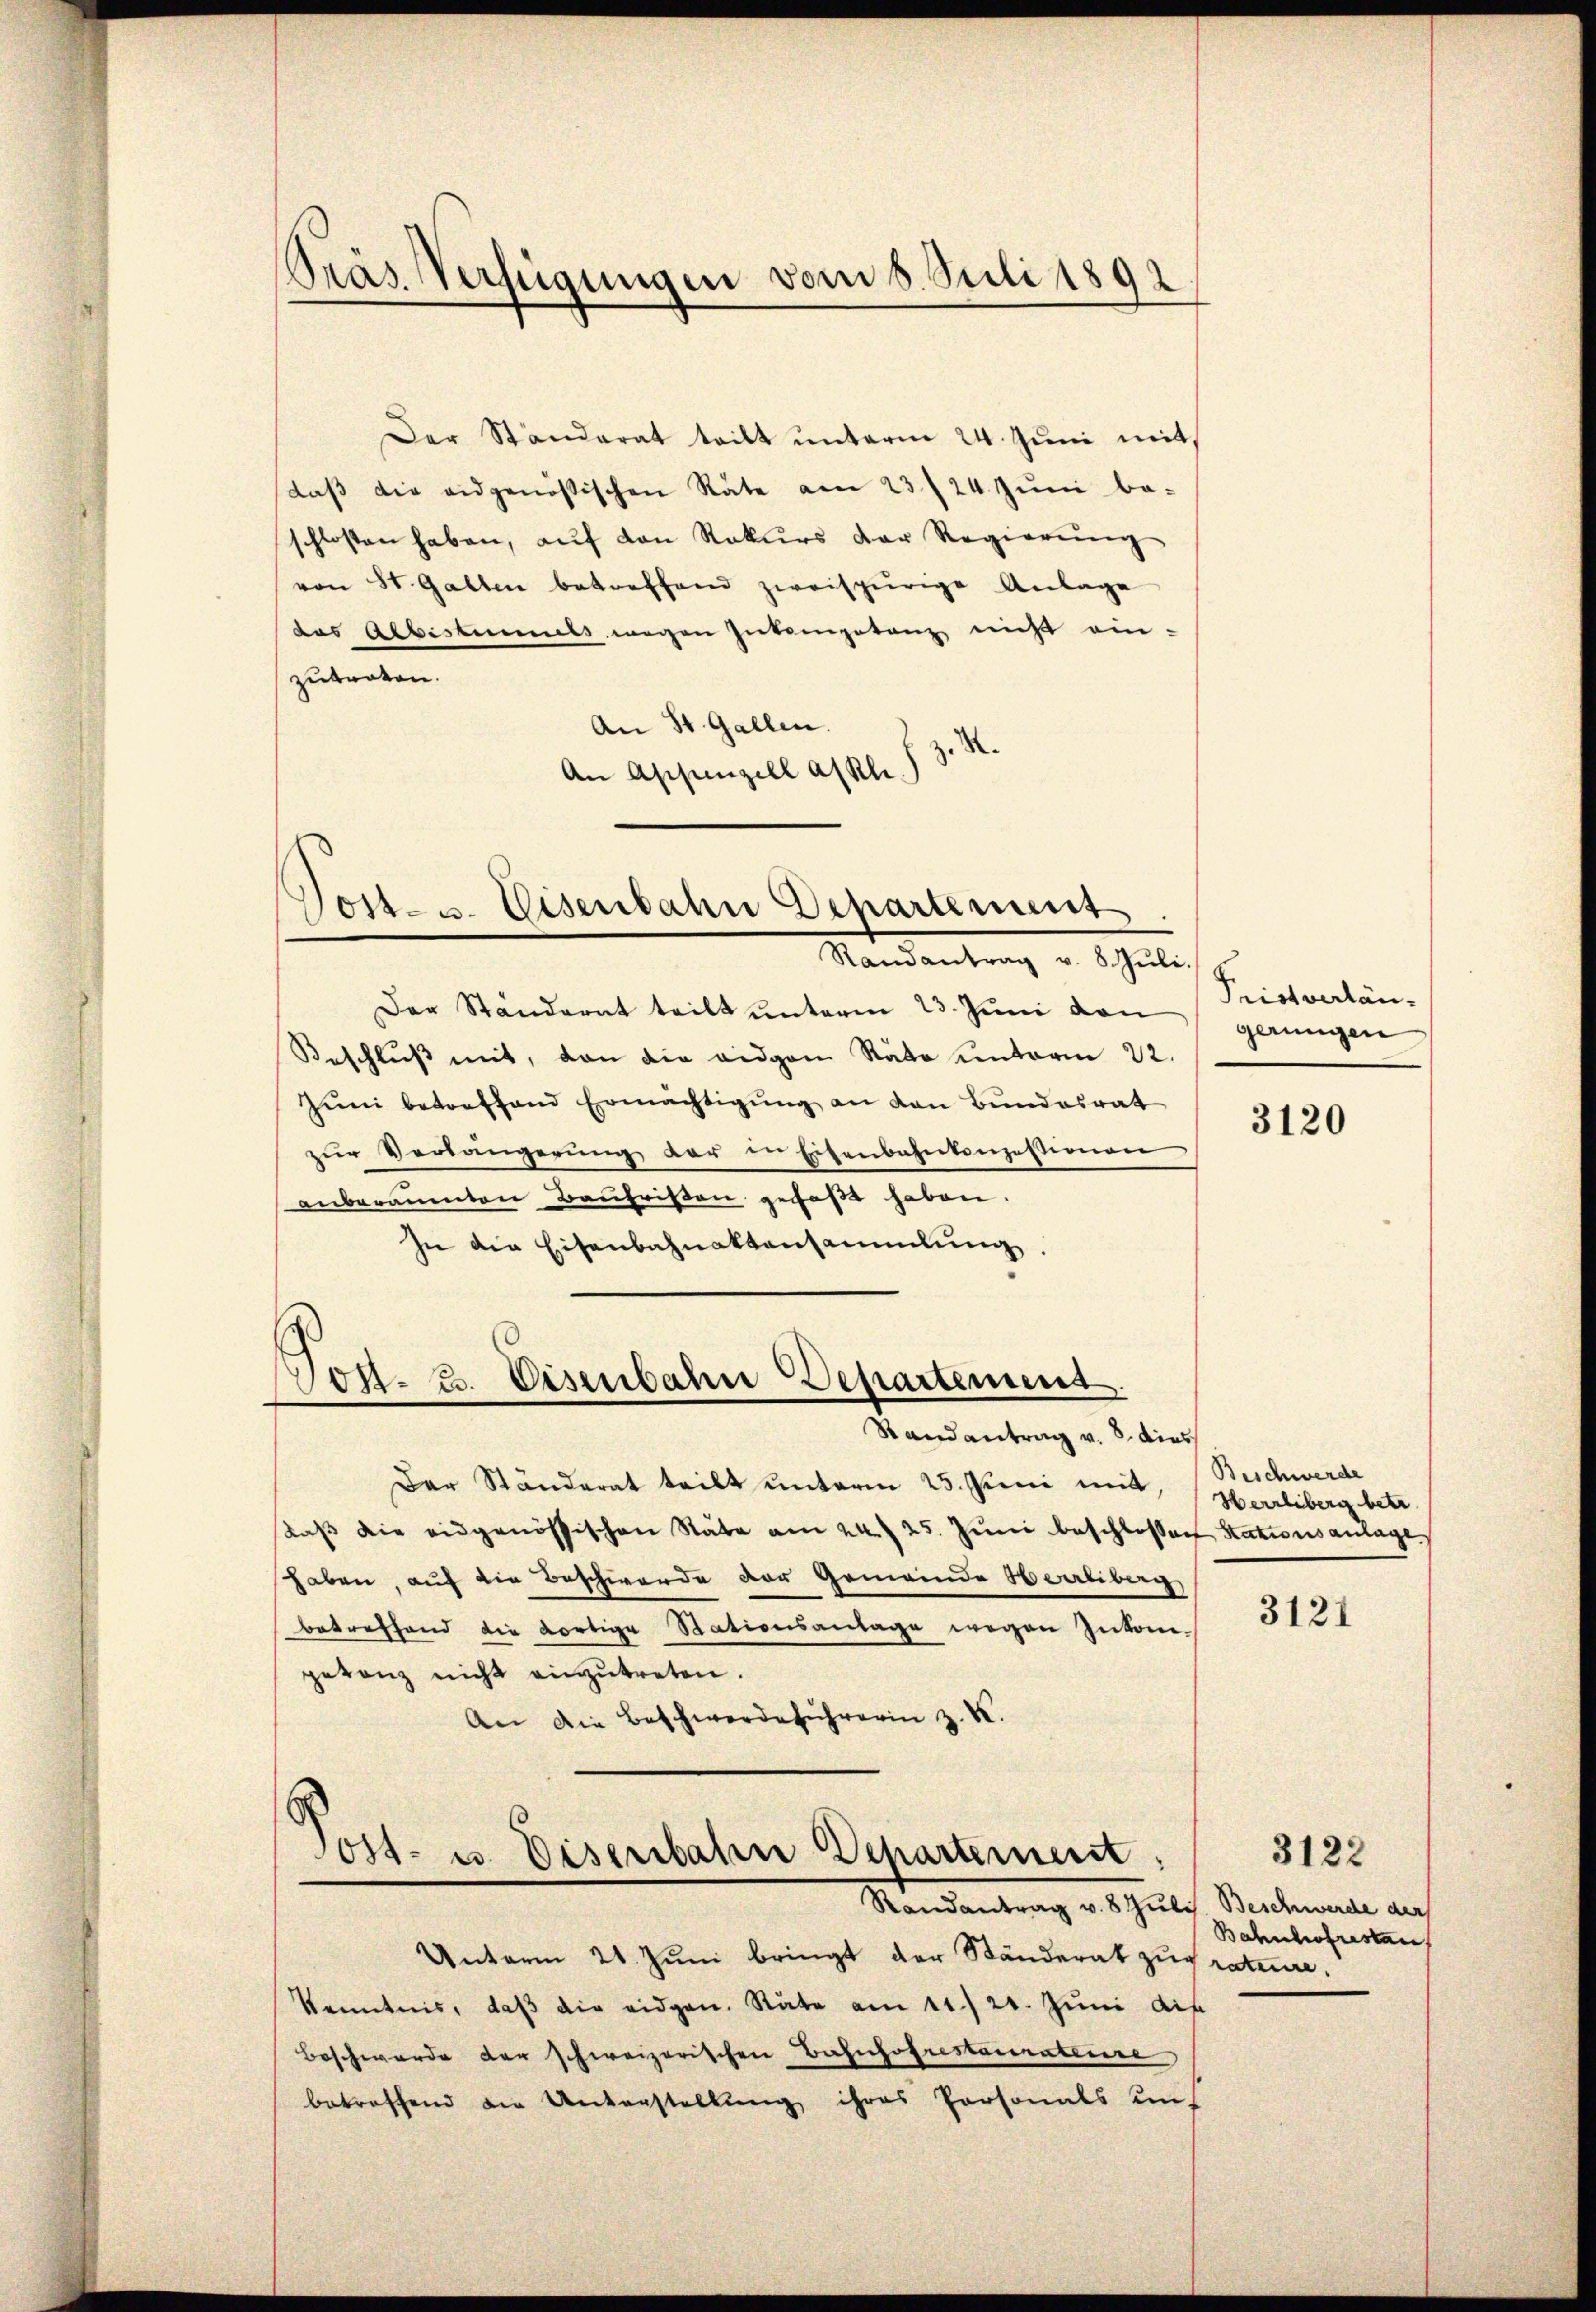
¬
Pras Verfügungen vom 8. Juli 1892.

Der Ständerat tritt unterm 24. Juni mit
daβ die eidgenößischen Räte am 23/24. Juni be-
schlossen haben, auf den Rekurs der Regierung
von St. Gallen betreffend zweispürige Anlage
das Albistummels wegen Intempetenz nicht ein-
zubraten.
An St. Gallen.
.
An Appenzell Akli.

Randantrag v. 8. Juli.
Der Ständerat teilt unterm 23. Juni den
Beschluß mit, von die eidgen Räte unterm 22.
Zŭm betreffend Ermächtigŭng an den Bundesrat
zŭr Verlängerŭng der in Eisenbahnkonzessionen
anberaumten Baufristen gefaßt haben.
sie die Eisenbahnaktensammlung
Post. 23. Eisenbahn Departement
Randantrag v. 8. dies
Der Ständerat teilt unterm 25. Juni mit, Herrliberg betr.
daβ die eidgenössischen State am 24. 25. Jŭni beschlossen Stationsanlage
haben, auf die Beschwerde der Gemeinde Herrliberg
betreffend die dortige Stationsanlage wegen Inkongetanz nicht einzutreten.
An die Beschwerdeführerin z. B.

Post- u. Eisenbahn Departement

.
Post- u. Eisenbahn Departement
Mandantrag v. Schilis Werkmale aus

Pristverlängerungen

Unterm 21. Juni bringt der Ständerat zugrature.
kenntnis, daβ die eidgen. Stäte am 11./21. Juni die
Beschwerde der schweizerischen Bahnhofrestannateure
betreffend die Unterstellung ihres Personals un-

3120

Beschwerde

3121

3122

Bahnhofrestan